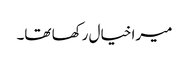
میرا خیال رکھا تھا۔